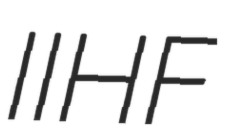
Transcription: IIHF